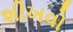
શીખવો